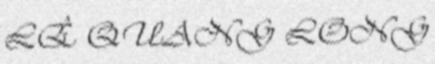
LÊ QUANG LONG